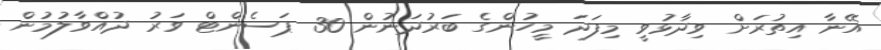
އޭނާ އިތުރަށް ވިދާޅުވީ މިފަދަ މީހުންގެ ބަރުދަނުން 30 ޕަސެންޓް ވަރު ދުއްވާލުމުން